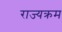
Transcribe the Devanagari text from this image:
राज्यक्रम